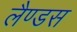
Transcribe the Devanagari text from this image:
लैण्डस